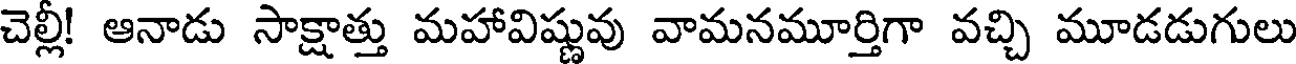
చెల్లీ! ఆనాడు సాక్షాత్తు మహావిష్ణువు వామనమూర్తిగా వచ్చి మూడడుగులు